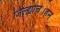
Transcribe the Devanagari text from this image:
जिल्ह्याचे।हन